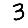
Digit: 3